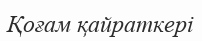
Қоғам қайраткері